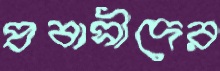
প্রবাসীদের